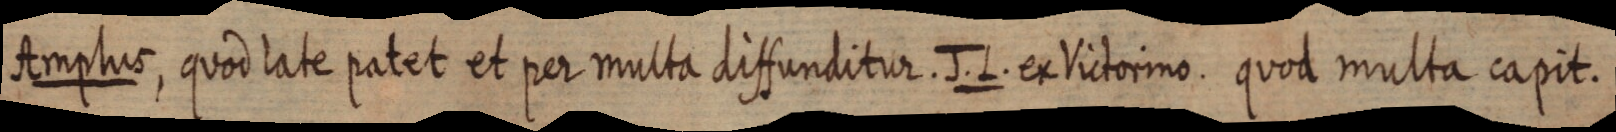
Amplus, quod late patet et per multa diffunditur. J. L. ex Victorino. quod multa capit.